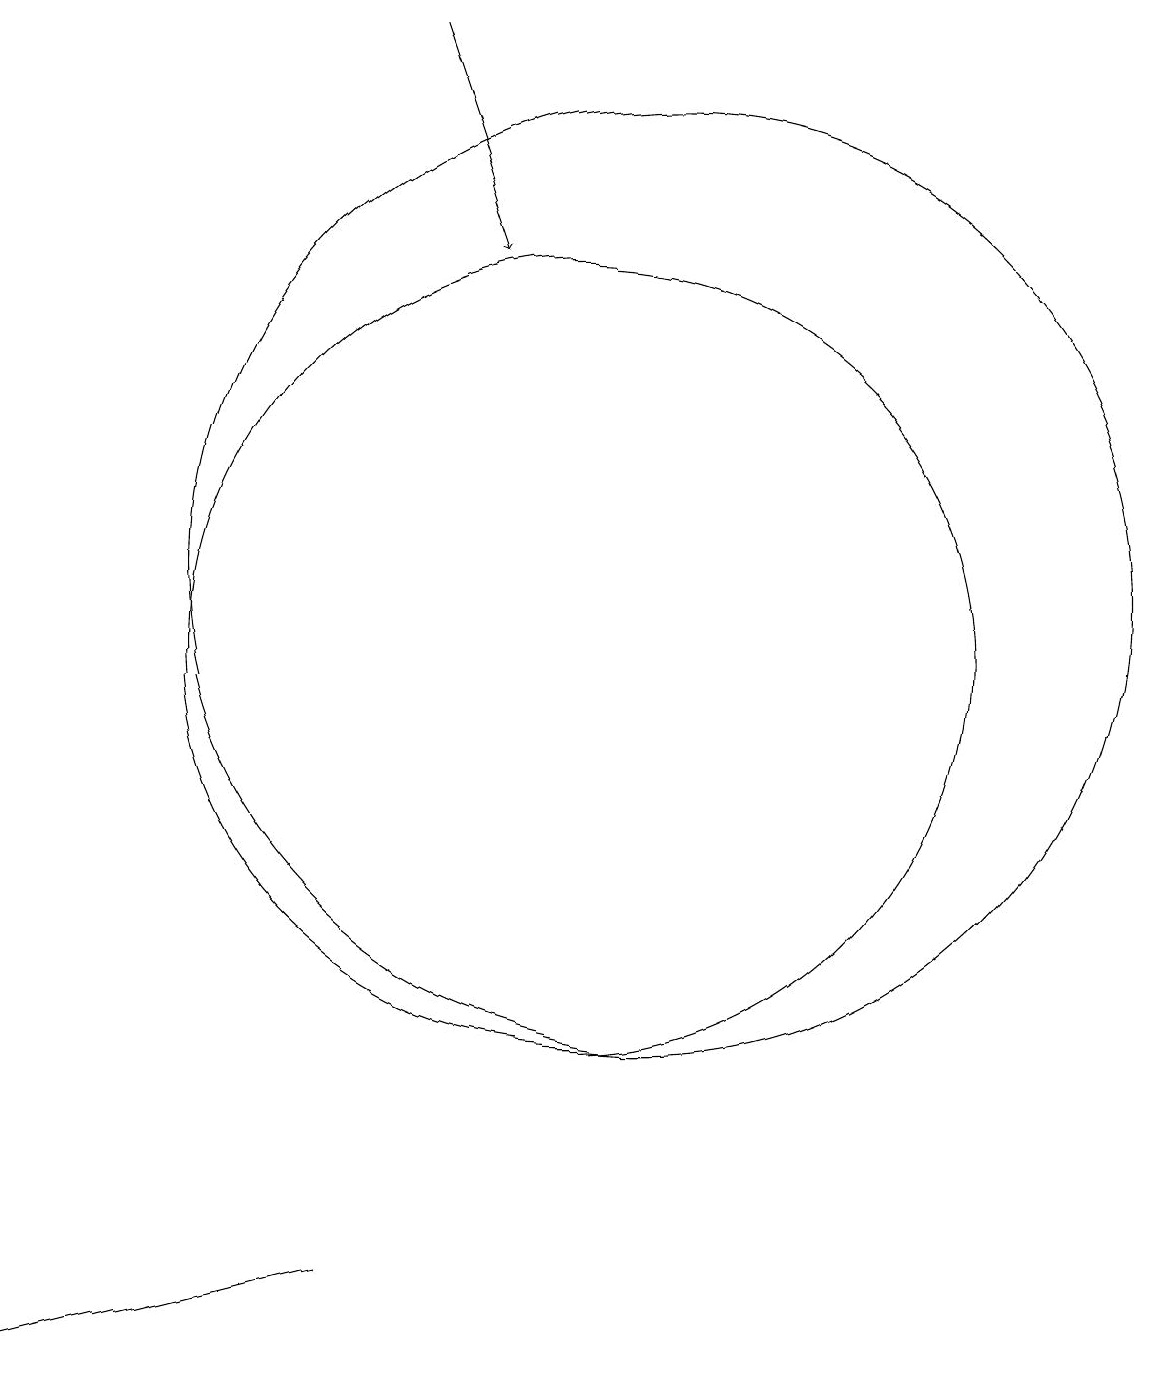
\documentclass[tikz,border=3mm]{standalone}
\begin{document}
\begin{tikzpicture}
\draw (7,3) -- (3,2) -- (3,2) -- cycle;
\draw (10,11) circle (5);
\draw (11,12) circle (6);
\draw[->] (8,19) -- (9,16);
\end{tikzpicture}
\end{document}